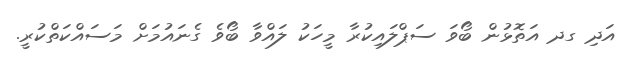
އަދި ގދ އަތޮޅުން ބޯވަ ސަޕްލައިކުރާ މީހަކު ލައްވާ ބޯވެ ގެނައުމަށް މަސައްކަތްކުރީ.